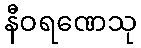
နီဝရဏေသု